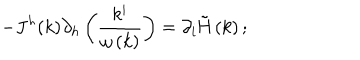
- J ^ { h } ( k ) \partial _ { h } \left( \frac { k ^ { i } } { \omega \left( k \right) } \right) = \partial _ { i } \mathrm { \tilde { H } } \left( k \right) ;